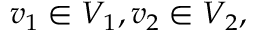
v _ { 1 } \in V _ { 1 } , v _ { 2 } \in V _ { 2 } ,